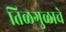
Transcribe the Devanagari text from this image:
तिळगुळाचे